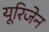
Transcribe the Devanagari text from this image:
यूरिजेन